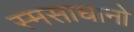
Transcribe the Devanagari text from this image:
स्मसाधानो